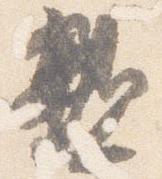
親